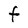
Character: F